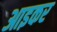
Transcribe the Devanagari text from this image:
आइकर